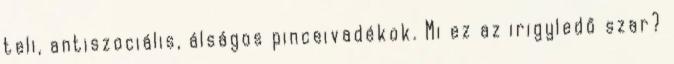
teli, antiszociális, álságos pinceivadékok. Mi ez az irigyledő szar?